Civil Veterinary Department Bengal reports 1923-33 - 1923-1933
Year: 1923
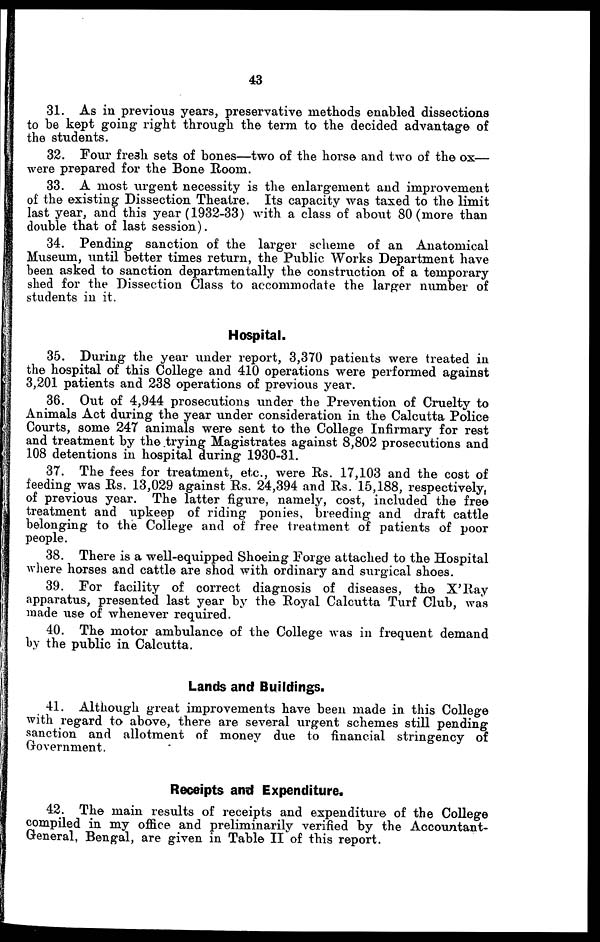
43
31. As in previous years, preservative methods enabled dissections
to be kept going right through the term to the decided advantage of
the students.
32. Four fresh sets of bones—two of the horse and two of the ox—
were prepared for the Bone Room.
33. A most urgent necessity is the enlargement and improvement
of the existing Dissection Theatre. Its capacity was taxed to the limit
last year, and this year (1932-33) with a class of about 80 (more than
double that of last session).
34. Pending sanction of the larger scheme of an Anatomical
Museum, until better times return, the Public Works Department have
been asked to sanction departmentally the construction of a temporary
shed for the Dissection Class to accommodate the larger number of
students in it.
Hospital.
35. During the year under report, 3,370 patients were treated in
the hospital of this College and 410 operations were performed against
3,201 patients and 238 operations of previous year.
36. Out of 4,944 prosecutions under the Prevention of Cruelty to
Animals Act during the year under consideration in the Calcutta Police
Courts, some 247 animals were sent to the College Infirmary for rest
and treatment by the trying Magistrates against 8,802 prosecutions and
108 detentions in hospital during 1930-31.
37. The fees for treatment, etc., were Rs. 17,103 and the cost of
feeding was Rs. 13,029 against Rs. 24,394 and Rs. 15,188, respectively,
of previous year. The latter figure, namely, cost, included the free
treatment and upkeep of riding ponies, breeding and draft cattle
belonging to the College and of free treatment of patients of poor
people.
38. There is a well-equipped Shoeing Forge attached to the Hospital
where horses and cattle are shod with ordinary and surgical shoes.
39. For facility of correct diagnosis of diseases, the X' Ray
apparatus, presented last year by the Royal Calcutta Turf Club, was
made use of whenever required.
40. The motor ambulance of the College was in frequent demand
by the public in Calcutta.
Lands and Buildings.
41. Although great improvements have been made in this College
with regard to above, there are several urgent schemes still pending
sanction and allotment of money due to financial stringency of
Government.
Receipts and Expenditure.
42. The main results of receipts and expenditure of the College
compiled in my office and preliminarily verified by the Accountant-
General, Bengal, are given in Table II of this report.